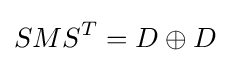
SMS^{T}=D\oplus D